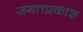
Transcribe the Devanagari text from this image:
जगतप्रकाश